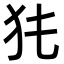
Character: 𤜨